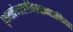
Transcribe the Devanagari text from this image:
वृषलत्वंगतालोकेब्राह्मणादर्शनेनच।